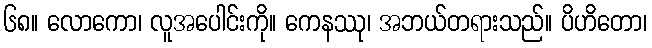
၆၈။ လောကော၊ လူအပေါင်းကို။ ကေနဿု၊ အဘယ်တရားသည်။ ပိဟိတော၊